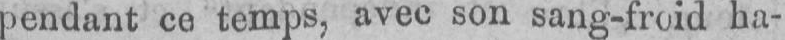
pendant ce temps, avec son sang-froid ha-